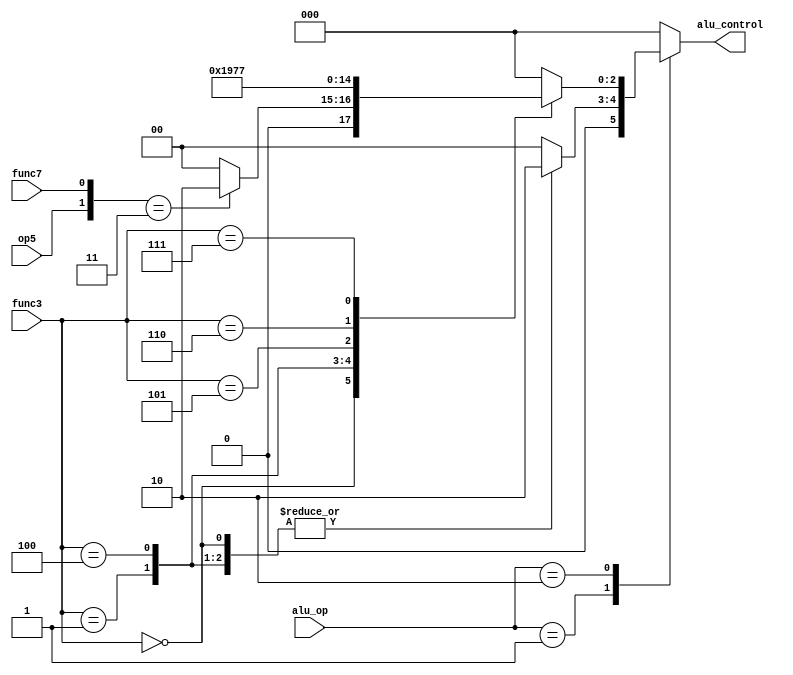

module alu_decoder(
  input [1:0] alu_op,
  input [2:0] func3,
  input op5,func7,
  output reg [2:0] alu_control
  
);
  
  always @(*) begin 
    case(alu_op)
      2'b00 : alu_control= 3'b000;
      2'b01 : begin
      case (func3)
        3'b000: alu_control = 3'b010; 
        3'b001: alu_control = 3'b010;
        3'b100: alu_control = 3'b010;

        default: alu_control = 3'b000;
        endcase
      end
      2'b10: begin
        case (func3)
          3'b000 : begin
            if ( {op5,func7} == 2'b11) alu_control = 3'b010;
            else alu_control = 3'b000;
          end
          3'b001 : alu_control = 3'b001;
          3'b100 : alu_control = 3'b100;
          3'b101 : alu_control = 3'b101;
          3'b110 : alu_control = 3'b110;
          3'b111 : alu_control = 3'b111;  
          default :  alu_control = 3'b000;
        endcase
      end
        default : alu_control = 3'b000; 
    endcase
  end
endmodule